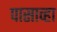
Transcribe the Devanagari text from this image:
पासाव्हा